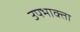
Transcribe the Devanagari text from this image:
उपभाक्ता